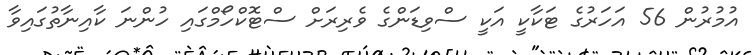
އުމުރުން 56 އަހަރުގެ ޓަކާކީ އަކީ ސްވިޑަންގެ ވެރިރަށް ސްޓޮކްހޯމްގައި ހުންނަ ކާއިނާތުގައިވާ